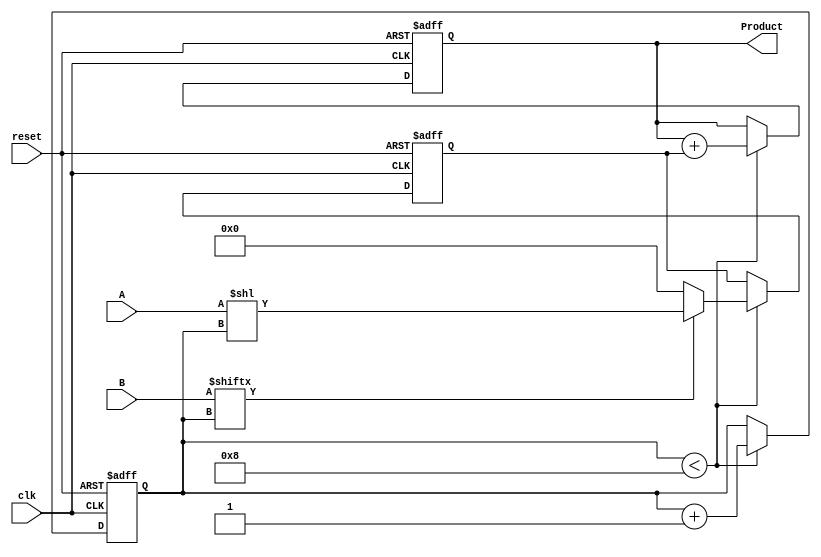
module PartialProductAccumulator #(
    parameter N = 8 // Parameterizable bit width
) (
    input  wire [N-1:0] A,      // First operand (multiplier)
    input  wire [N-1:0] B,      // Second operand (multiplicand)
    input  wire clk,             // Clock signal
    input  wire reset,           // Active high reset signal
    output reg [2*N-1:0] Product // Final accumulated product
);

    reg [2*N-1:0] partial_product; // Register for the current partial product
    reg [3:0] count;                // Counter to track the bits of B processed

    // Initialize the product and counter on reset
    always @(posedge clk or posedge reset) begin
        if (reset) begin
            Product <= 0;
            partial_product <= 0;
            count <= 0;
        end else begin
            // Generate partial product for the current bit of B
            if (count < N) begin
                if (B[count]) begin
                    partial_product <= A << count; // Shift A by count if B[count] is 1
                end else begin
                    partial_product <= 0; // No contribution if B[count] is 0
                end
                
                // Accumulate the partial product into the final product
                Product <= Product + partial_product;
                count <= count + 1; // Increment the counter
            end
        end
    end

endmodule